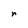
Character: r